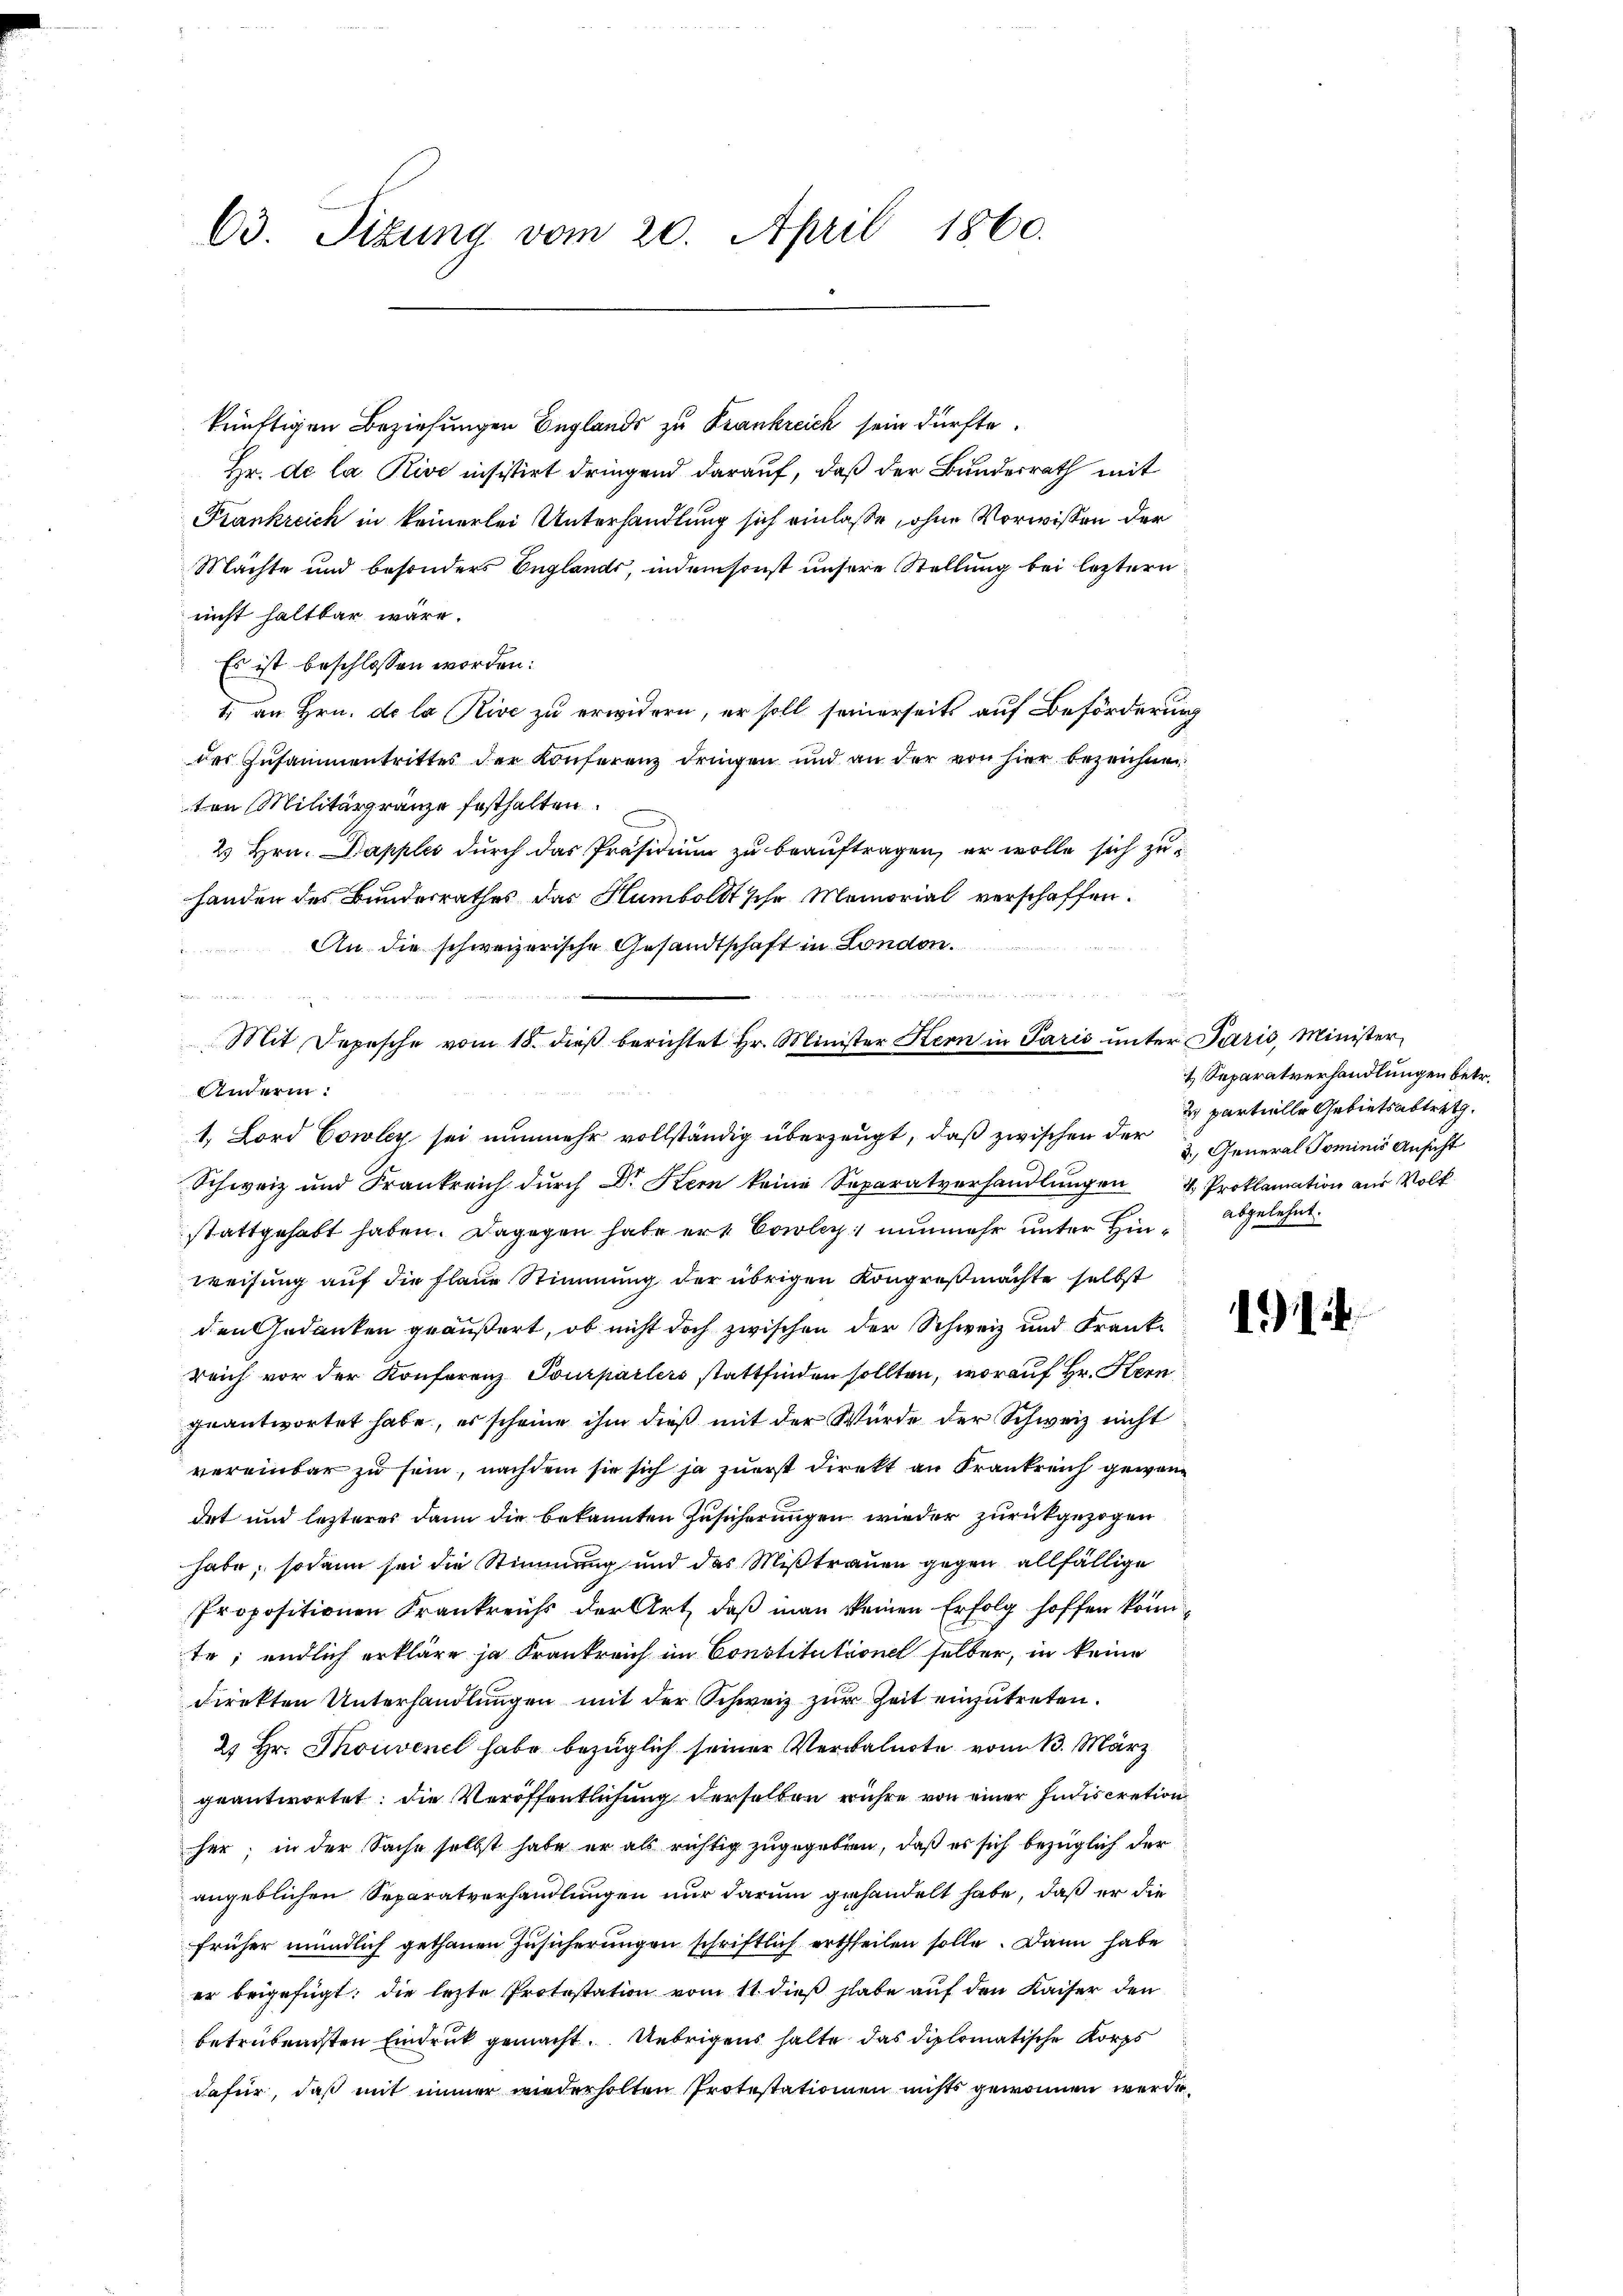
63. Titung vom 20. April 1860.

künftigen Beziehungen Beglands zu Frankreich sein dürfte.
Hr. de la Rive insistirt dringend darauf, daß der Bundesrath mit
Frankreich in keinerlei Unterhandlung sich einlaße, ohne Vorwissen der
Mächte und besonders Englands, indem sonst unsere Stellung bei leztern
nicht haltbar wäre.
Es ist beschlossen worden:
1) an Hrn. de la Rive zu erwidern, er soll seinerseits auf Beförderung
des Zusammentrittes der Konferenz dringen und an der von hier bezeichnen
ten Militärgränze festhalten.
2 Hrn. Dapples durch das Präsidium zu beauftragen, er wolle sich zu
handen des Bundesrathes das Humboldtsche Memorial verschaffen.
An die schweizerische Gesandtschaft in London.

Anderin.
Schweiz und Frankreich durch Dr Stern keine Separatverhandlungen 4 Proklamation aus Volk
stattgehabt haben. Dagegen habe er Coler; nunmehr unter Hinabgelehnt.
weisung auf die Flane Stimmung der übrigen Kongreßmachte selbst
den Gedanken geäußert, ob nicht doch zwischen der Schweiz und Frankreich vor der Konferenz Tourparlers stattfinden sollten, worauf Hr. Hern
geantwortet habe, es scheine ihm dieß mit der Würde der Schweiz nicht
vereinbar zu sein, nachdem sie sich ja zuerst direkt an Frankreich gewendet und lezteres dann die bekannten Zusicherungen wieder zurückgezogen
habe; sodann sei die Stimmung und das Mißtrauen gegen allfällige
Propositionen Frankreichs der Art, daß man keinen Erfolg hoffen könnte; endlich erkläre ja Frankreich im Constitutionet selber, in keine
direkten Unterhandlŭngen mit der Schweiz zur Zeit einzutreten.
2 Hr. Thouvenel habe bezüglich seiner Verwalnote vom 13. März
geantwortet: die Veröffentlichung derselben rühre von einer Indiscretion
her; in der Sache selbst habe er als richtig zugegeben, daß es sich bezüglich der
angeblichen Separatverhandlungen nur darum gehandelt habe, daß er die
früher mündlich gethanen Zusicherungen schriftlich ertheilen solle. Dann habe
er beigefügt: die lezte Protestation vom 11. dieß habe auf den Kaiser den
betrübendsten Eindruck gemacht. Uebrigens halte das diplomatische Korps
dafür, daß mit immer wiederholten Protestationen nichts gewonnen werde,

Mit Depesche vom 18. dieβ berichtet Hr. Minister Kern in Paris unter Paris, Minister-
1. Lord Cowler sei nunmehr vollständig überzeugt, daß zwischen der u General Tominis Ansicht

7 Separatverhandlungen betr.
2 partielle Gebietsabtret

1